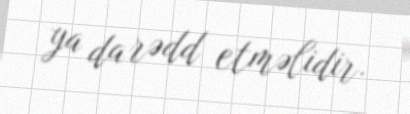
ya da rədd etməlidir.